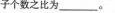
子个数之比为___。